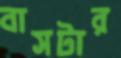
বাসটার